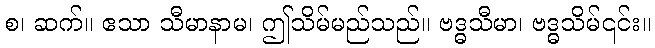
စ၊ ဆက်။ ဧသာ သီမာနာမ၊ ဤသိမ်မည်သည်။ ဗဒ္ဓသီမာ၊ ဗဒ္ဓသိမ်၎င်း။